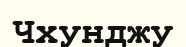
Чхунджу